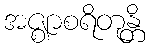
အဇ္ဈာစရိတုန္တိ